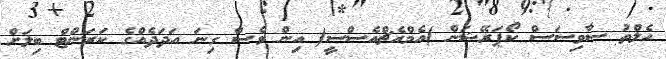
ހެލްތު ސާވިސަސް ކޯޕަރޭޝަން )އެމްއެޗްއެސްސީ( އިން ވެސް ގިނަ އަދަދެއްގެ ކަރަންޓް ބިލަށް